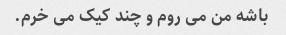
باشه من می روم و چند کیک می خرم.